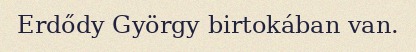
Erdődy György birtokában van.